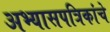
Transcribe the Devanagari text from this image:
अभ्यासपत्रिकांचे